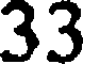
33